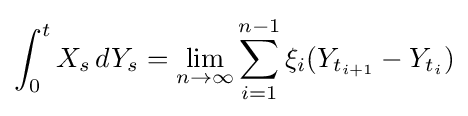
\int _{0}^{t}X_{s}\,dY_{s}=\lim _{n\to \infty }\sum _{i=1}^{n-1}\xi _{i}(Y_{t_{i+1}}-Y_{t_{i}})